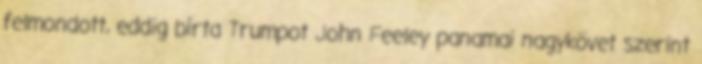
felmondott, eddig bírta Trumpot John Feeley panamai nagykövet szerint